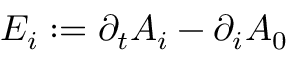
E _ { i } : = \partial _ { t } A _ { i } - \partial _ { i } A _ { 0 }